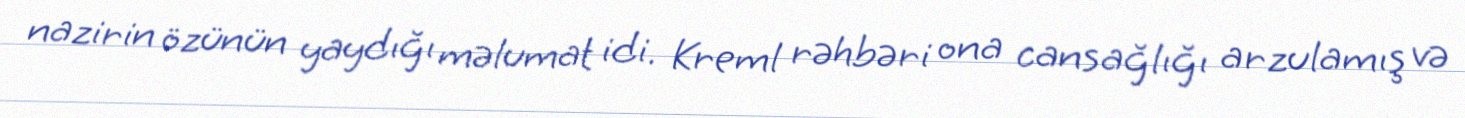
nazirin özünün yaydığı məlumat idi. Kreml rəhbəri ona cansağlığı arzulamış və